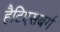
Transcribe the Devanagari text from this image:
हैटिएसबर्ग